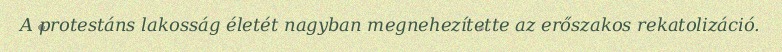
A protestáns lakosság életét nagyban megnehezítette az erőszakos rekatolizáció.